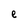
Character: e